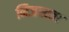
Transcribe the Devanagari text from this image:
निजस्वता